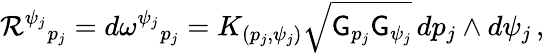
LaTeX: \mathcal{R}^{\psi_{j}}{}_{p_{j}}=d\omega^{\psi_{j}}{}_{p_{j}}=K_{(p_{j},\psi_{j})}\sqrt{\mathsf{G}_{p_{j}}\mathsf{G}_{\psi_{j}}}\, dp_{j}\wedge d\psi_{j}\, ,